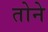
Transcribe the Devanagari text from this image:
तोने